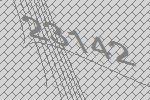
23142